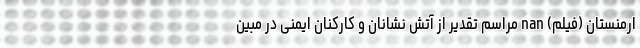
ارمنستان (فیلم) nan مراسم تقدیر از آتش نشانان و کارکنان ایمنی در مبین